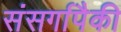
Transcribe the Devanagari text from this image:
संसर्गापैकी